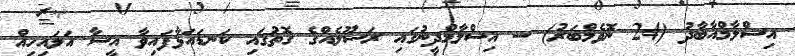
އިސްލާމްއާބާދު (24 ނޮވެމްބަރު) -- އިސްލާމްދީނުގައި ރަސޫލެއްގެ ގޮތުގައި ކަނޑައަޅާފައިވާ އީސާ އަލައިހިއް